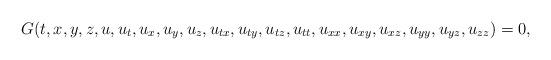
LaTeX: \begin{align*} G(t,x,y,z,u,u_t,u_x,u_y,u_z,u_{tx},u_{ty},u_{tz},u_{tt},u_{xx},u_{xy},u_{xz},u_{yy},u_{yz},u_{zz})=0,\end{align*}